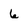
Character: 6